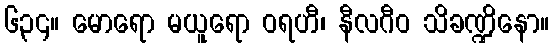
၆၃၄။ မောရော မယူရော ဝရဟီ၊ နီလဂီဝ သိခဏ္ဍိနော။